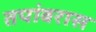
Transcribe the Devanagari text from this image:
तपांबरास